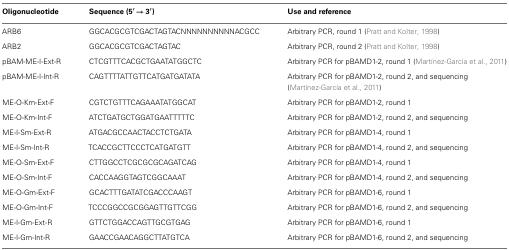
| Oligonucleotide | Sequence (5′ → 3′) | Use and reference |
 | --- | --- | --- |
 | ARB6 | GGCACGCGTCGACTAGTACNNNNNNNNNNACGCC | Arbitrary PCR, round 1 (Pratt and Kolter, 1998) |
 | ARB2 | GGCACGCGTCGACTAGTAC | Arbitrary PCR, round 2 (Pratt and Kolter, 1998) |
 | pBAM-ME-I-Ext-R | CTCGTTTCACGCTGAATATGGCTC | Arbitrary PCR for pBAMD1-2, round 1 (Martínez-García et al., 2011) |
 | pBAM-ME-I-Int-R | CAGTTTTATTGTTCATGATGATATA | Arbitrary PCR for pBAMD1-2, round 2, and sequencing (Martínez-García et al., 2011) |
 | ME-O-Km-Ext-F | CGTCTGTTTCAGAAATATGGCAT | Arbitrary PCR for pBAMD1-2, round 1 |
 | ME-O-Km-Int-F | ATCTGATGCTGGATGAATTTTTC | Arbitrary PCR for pBAMD1-2, round 2, and sequencing |
 | ME-I-Sm-Ext-R | ATGACGCCAACTACCTCTGATA | Arbitrary PCR for pBAMD1-4, round 1 |
 | ME-I-Sm-Int-R | TCACCGCTTCCCTCATGATGTT | Arbitrary PCR for pBAMD1-4, round 2, and sequencing |
 | ME-O-Sm-Ext-F | CTTGGCCTCGCGCGCAGATCAG | Arbitrary PCR for pBAMD1-4, round 1 |
 | ME-O-Sm-Int-F | CACCAAGGTAGTCGGCAAAT | Arbitrary PCR for pBAMD1-4, round 2, and sequencing |
 | ME-O-Gm-Ext-F | GCACTTTGATATCGACCCAAGT | Arbitrary PCR for pBAMD1-6, round 1 |
 | ME-O-Gm-Int-F | TCCCGGCCGCGGAGTTGTTCGG | Arbitrary PCR for pBAMD1-6, round 2, and sequencing |
 | ME-I-Gm-Ext-R | GTTCTGGACCAGTTGCGTGAG | Arbitrary PCR for pBAMD1-6, round 1 |
 | ME-I-Gm-Int-R | GAACCGAACAGGCTTATGTCA | Arbitrary PCR for pBAMD1-6, round 2, and sequencing |